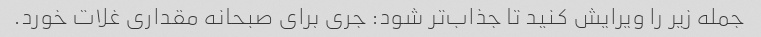
جمله زیر را ویرایش کنید تا جذاب‌تر شود: جری برای صبحانه مقداری غلات خورد.